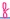
Text: 8